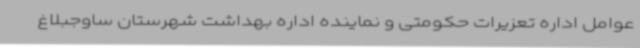
عوامل اداره تعزیرات حکومتی و نماینده اداره بهداشت شهرستان ساوجبلاغ